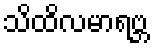
သိထိလမာရဗ္ဘ